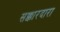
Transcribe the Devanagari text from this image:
सक्कारदारा